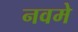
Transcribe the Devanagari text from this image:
नवमे